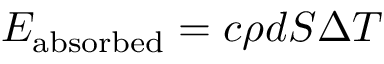
E _ { \mathrm { a b s o r b e d } } = c \rho d S \Delta T